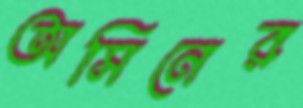
অসিনের